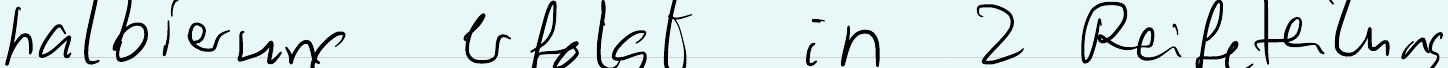
halbierung erfolgt in 2 Reifeteilungen